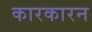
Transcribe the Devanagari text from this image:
कारकारन